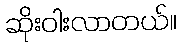
ဆိုးဝါးလာတယ်။